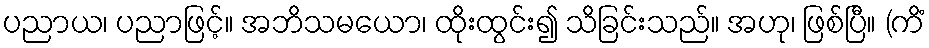
ပညာယ၊ ပညာဖြင့်။ အဘိသမယော၊ ထိုးထွင်း၍ သိခြင်းသည်။ အဟု၊ ဖြစ်ပြီ။ (ကိံ